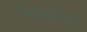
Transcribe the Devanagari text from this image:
लिकिनियस